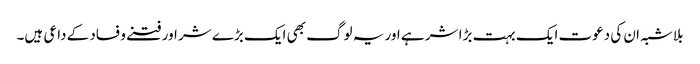
بلاشبہ ان کی دعوت ایک بہت بڑا شر ہے اور یہ لوگ بھی ایک بڑے شر اور فتنے و فساد کے داعی ہیں۔